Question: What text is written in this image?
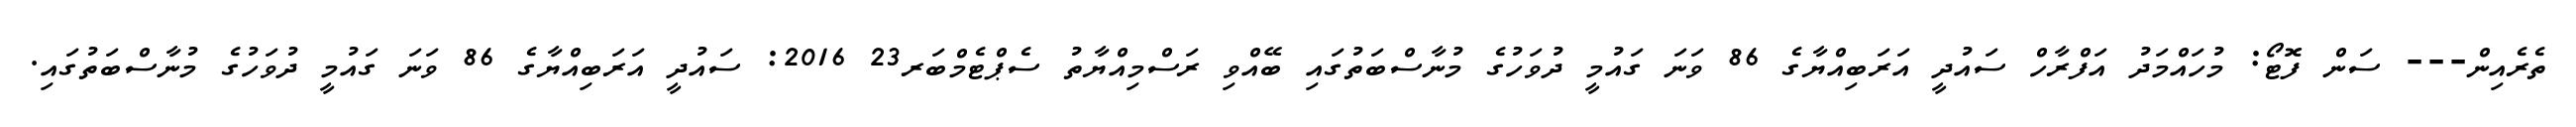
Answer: ތެރެއިން--- ސަން ފޮޓޯ: މުހައްމަދު އަފްރާހް ސައުދީ އަރަބިއްޔާގެ 86 ވަނަ ގައުމީ ދުވަހުގެ މުނާސްބަތުގައި ބޭއްވި ރަސްމިއްޔާތު ސެޕްޓެމްބަރ23 2016: ސައުދީ އަރަބިއްޔާގެ 86 ވަނަ ގައުމީ ދުވަހުގެ މުނާސްބަތުގައި.